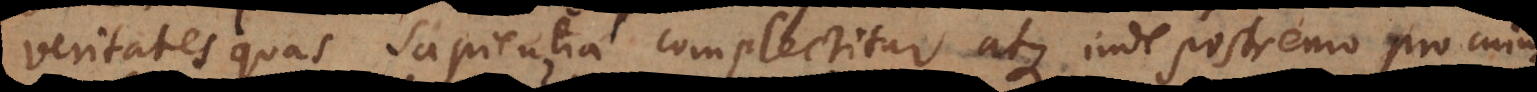
veritates quas sapientia complectitur, atque inde postremo pro cuju